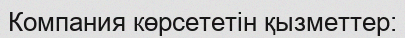
Компания көрсететін қызметтер: